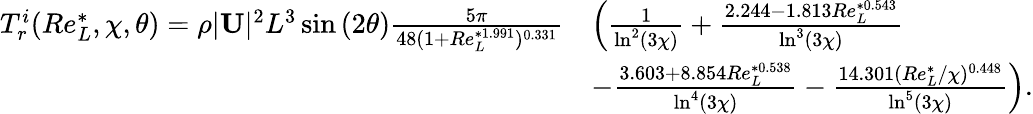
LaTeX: \begin{array}{rl}{T_{r}^{i}(Re_{L}^{*},\chi,\theta)=\rho|\mathbf{U}|^{2}L^{3}\sin{(2\theta)}\frac{5\pi}{48(1+Re_{L}^{*1.991})^{0.331}}}&{\left(\frac{1}{\ln^{2}(3\chi)}+\frac{2.244-1.813Re_{L}^{*0.543}}{\ln^{3}(3\chi)}\right.}\\ &{\left.-\frac{3.603+8.854Re_{L}^{*0.538}}{\ln^{4}(3\chi)}-\frac{14.301(Re_{L}^{*}/\chi)^{0.448}}{\ln^{5}(3\chi)}\right).}\end{array}